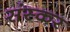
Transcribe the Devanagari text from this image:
संस्कर